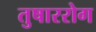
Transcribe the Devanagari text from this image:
तुषाररोग